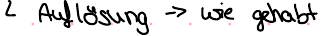
2 Auflösung -> wie gehabt